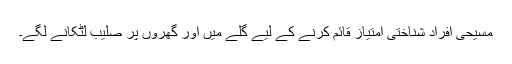
مسیحی افراد شناختی امتیاز قائم کرنے کے لیے گلے میں اور گھروں پر صلیب لٹکانے لگے۔